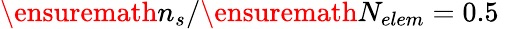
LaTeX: \ensuremath{n_{s}}/\ensuremath{N_{elem}}=0.5\